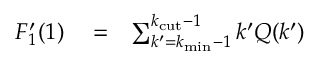
\begin{array} { r l r } { F _ { 1 } ^ { \prime } ( 1 ) } & { { } = } & { \sum _ { k ^ { \prime } = k _ { \mathrm { m i n } } - 1 } ^ { k _ { \mathrm { c u t } } - 1 } k ^ { \prime } Q ( k ^ { \prime } ) } \end{array}